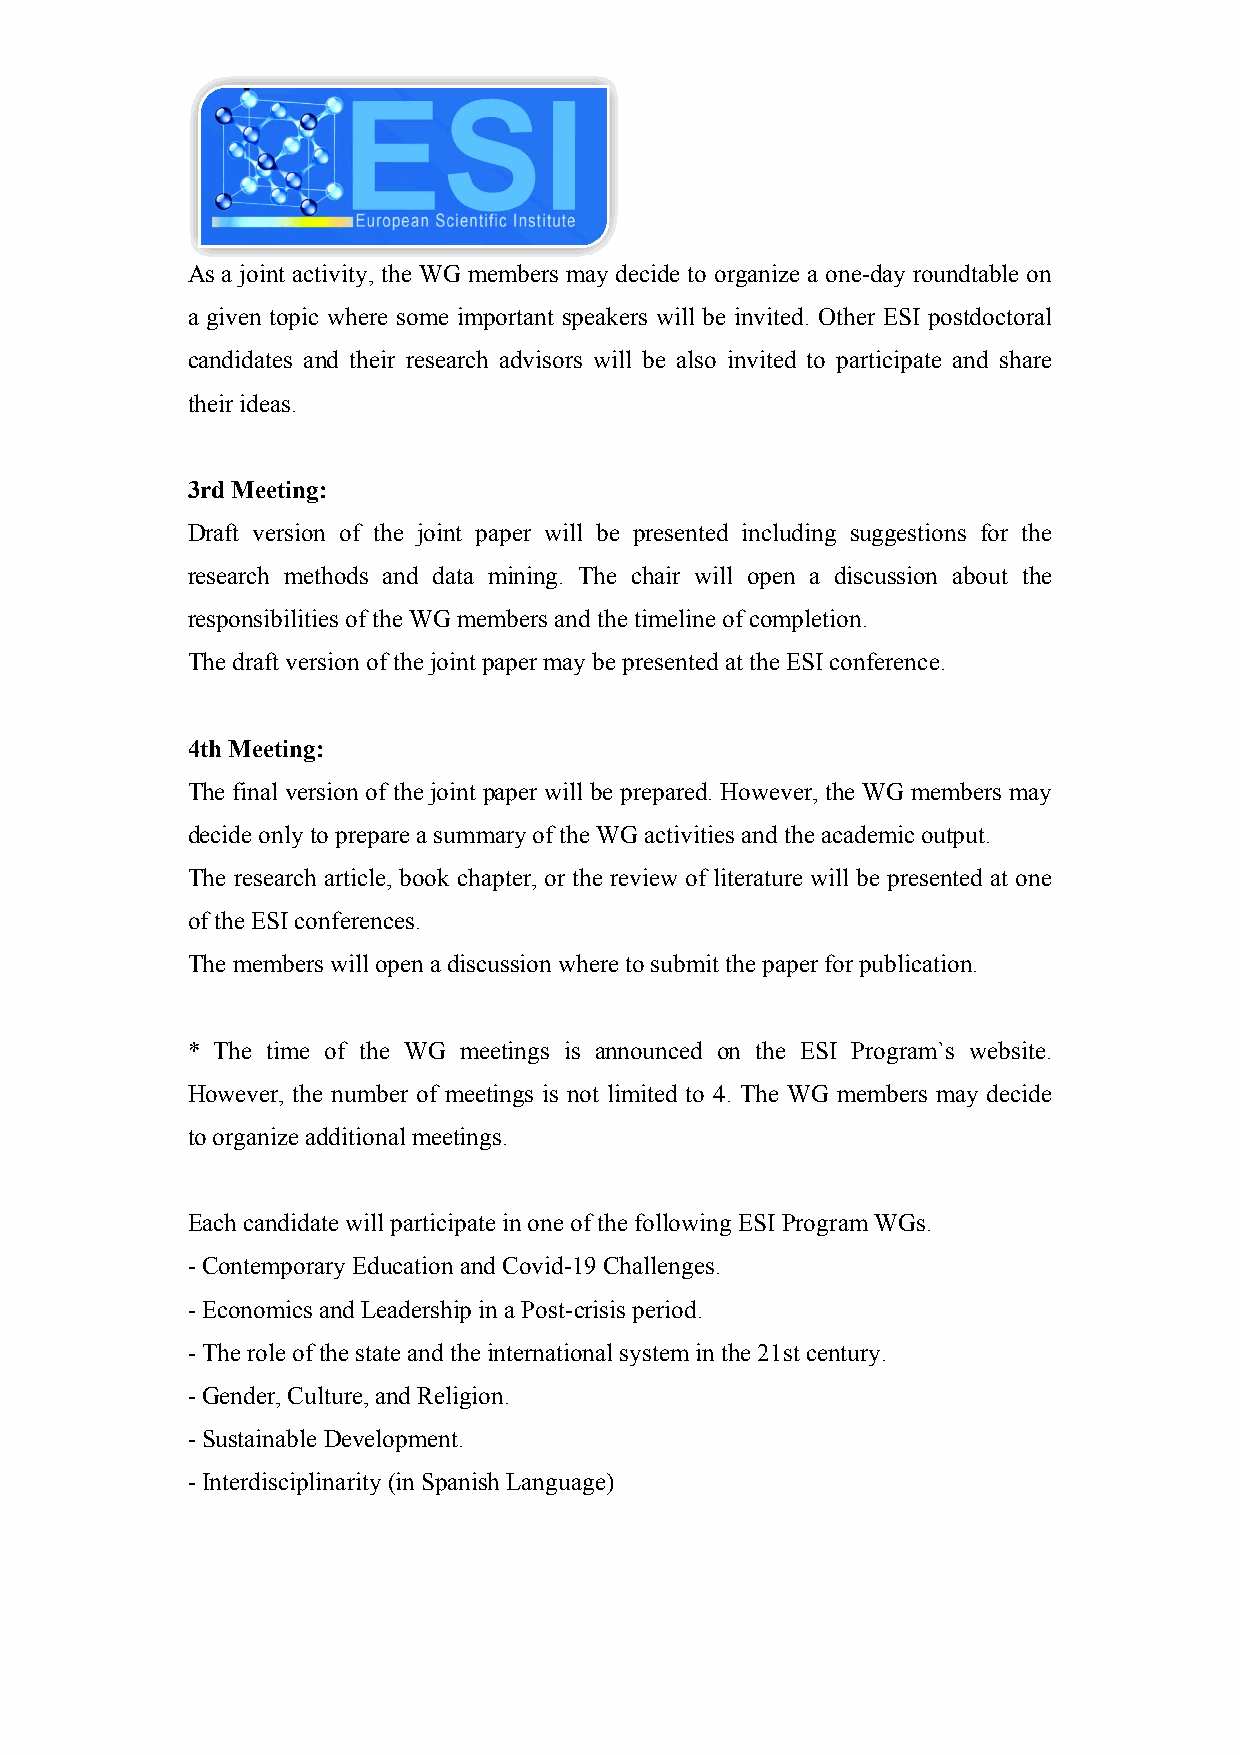
As a joint activity, the WG members may decide to organize a one-day roundtable on
 a given topic where some important speakers will be invited. Other ESI postdoctoral
 candidates and their research advisors will be also invited to participate and share
 their ideas.
 3rd Meeting:
 Draft version of the joint paper will be presented including suggestions for the
 research methods and data mining. The chair will open a discussion about the
 responsibilities of the WG members and the timeline of completion.
 The draft version of the joint paper may be presented at the ESI conference.
 4th Meeting:
 The final version of the joint paper will be prepared. However, the WG members may
 decide only to prepare a summary of the WG activities and the academic output.
 The research article, book chapter, or the review of literature will be presented at one
 of the ESI conferences.
 The members will open a discussion where to submit the paper for publication.
 * The time of the WG meetings is announced on the ESI Program`s website.
 However, the number of meetings is not limited to 4. The WG members may decide
 to organize additional meetings.
 Each candidate will participate in one of the following ESI Program WGs.
 - Contemporary Education and Covid-19 Challenges.
 - Economics and Leadership in a Post-crisis period.
 - The role of the state and the international system in the 21st century.
 - Gender, Culture, and Religion.
 - Sustainable Development.
 - Interdisciplinarity (in Spanish Language)